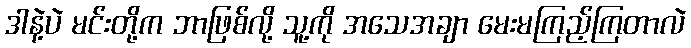
ဒါနဲ့ပဲ မင်းတို့က ဘာဖြစ်လို့ သူ့ကို အသေအချာ မေးမကြည့်ကြတာလဲ